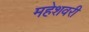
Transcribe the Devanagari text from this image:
महेशवरी